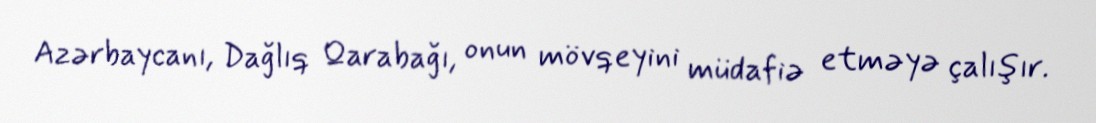
Azərbaycanı, Dağlıq Qarabağı, onun mövqeyini müdafiə etməyə çalışır.